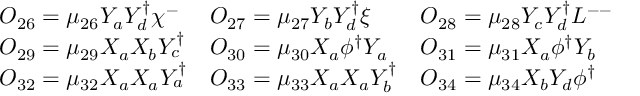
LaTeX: \begin{array} { l l l } { { { \cal O } _ { 2 6 } = \mu _ { 2 6 } Y _ { a } Y _ { d } ^ { \dagger } { \chi ^ { - } } } } & { { { \cal O } _ { 2 7 } = \mu _ { 2 7 } Y _ { b } Y _ { d } ^ { \dagger } { \xi } } } & { { { \cal O } _ { 2 8 } = \mu _ { 2 8 } Y _ { c } Y _ { d } ^ { \dagger } L ^ { -- } } } \\ { { { \cal O } _ { 2 9 } = \mu _ { 2 9 } X _ { a } X _ { b } Y _ { c } ^ { \dagger } } } & { { { \cal O } _ { 3 0 } = \mu _ { 3 0 } X _ { a } \phi ^ { \dagger } Y _ { a } } } & { { { \cal O } _ { 3 1 } = \mu _ { 3 1 } X _ { a } \phi ^ { \dagger } Y _ { b } } } \\ { { { \cal O } _ { 3 2 } = \mu _ { 3 2 } X _ { a } X _ { a } Y _ { a } ^ { \dagger } } } & { { { \cal O } _ { 3 3 } = \mu _ { 3 3 } X _ { a } X _ { a } Y _ { b } ^ { \dagger } } } & { { { \cal O } _ { 3 4 } = \mu _ { 3 4 } X _ { b } Y _ { d } \phi ^ { \dagger } } } \end{array}